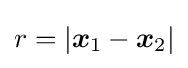
r=|{\boldsymbol {x}}_{1}-{\boldsymbol {x}}_{2}|